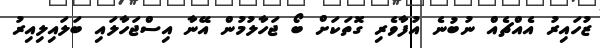
ޒުހައިރު އެއްޗެއް ނުބުނެ އުފާވެރި ގޮތަކަށް ބޯ ޖަހާލުމުން އޭނާ އިސްޖަހާލައި ބަލައިލިއިރު